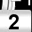
Digit: 2